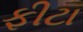
ફીટા